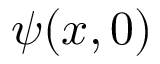
\psi ( x , 0 )